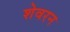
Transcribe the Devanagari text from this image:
शेवरन